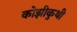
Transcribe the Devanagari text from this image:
कोझीकुथी